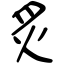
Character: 炙